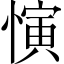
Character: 𪬦